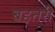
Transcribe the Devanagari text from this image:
बहतरी